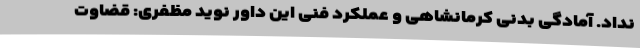
نداد. آمادگی بدنی کرمانشاهی و عملکرد فنی این داور نوید مظفری: قضاوت